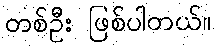
တစ်ဦး ဖြစ်ပါတယ်။